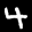
Label: 4